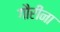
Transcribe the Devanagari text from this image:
गौरींना